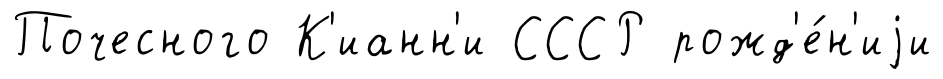
Почесного К'ианн'и СССР рожд'е́н'иjи